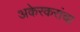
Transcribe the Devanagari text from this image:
अकेरकरांचा